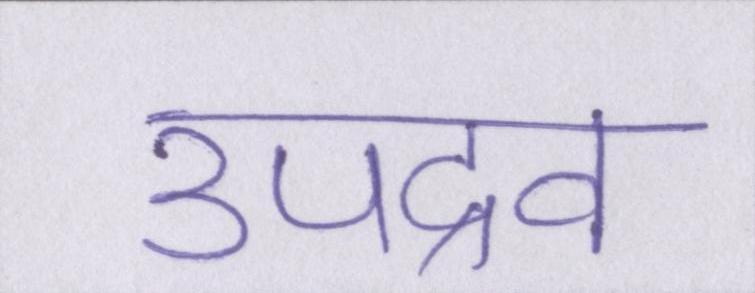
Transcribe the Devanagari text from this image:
उपद्रव